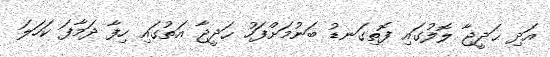
އަދި ޙަދީޖާ ލޮލުގައި ފޮތިގަނޑު ބަނުމަށްފަހު ޙަދީޖާ އަތުގައި ހިފާ ދަމާފަ ކަހަލަ